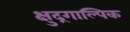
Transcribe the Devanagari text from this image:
क्षुद्रगाल्पिक